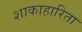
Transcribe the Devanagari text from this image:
शाकाहारिता